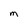
Character: M